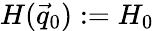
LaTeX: H(\vec{q}_{0}):=H_{0}